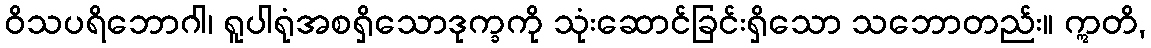
ဝိသပရိဘောဂါ၊ ရူပါရုံအစရှိသောဒုက္ခကို သုံးဆောင်ခြင်းရှိသော သဘောတည်း။ ဣတိ,